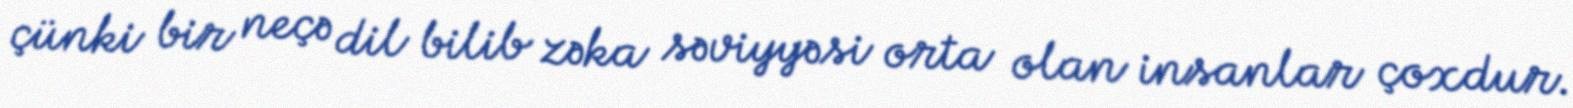
çünki bir neçə dil bilib zəka səviyyəsi orta olan insanlar çoxdur.